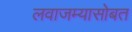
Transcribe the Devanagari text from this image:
लवाजम्यासोबत